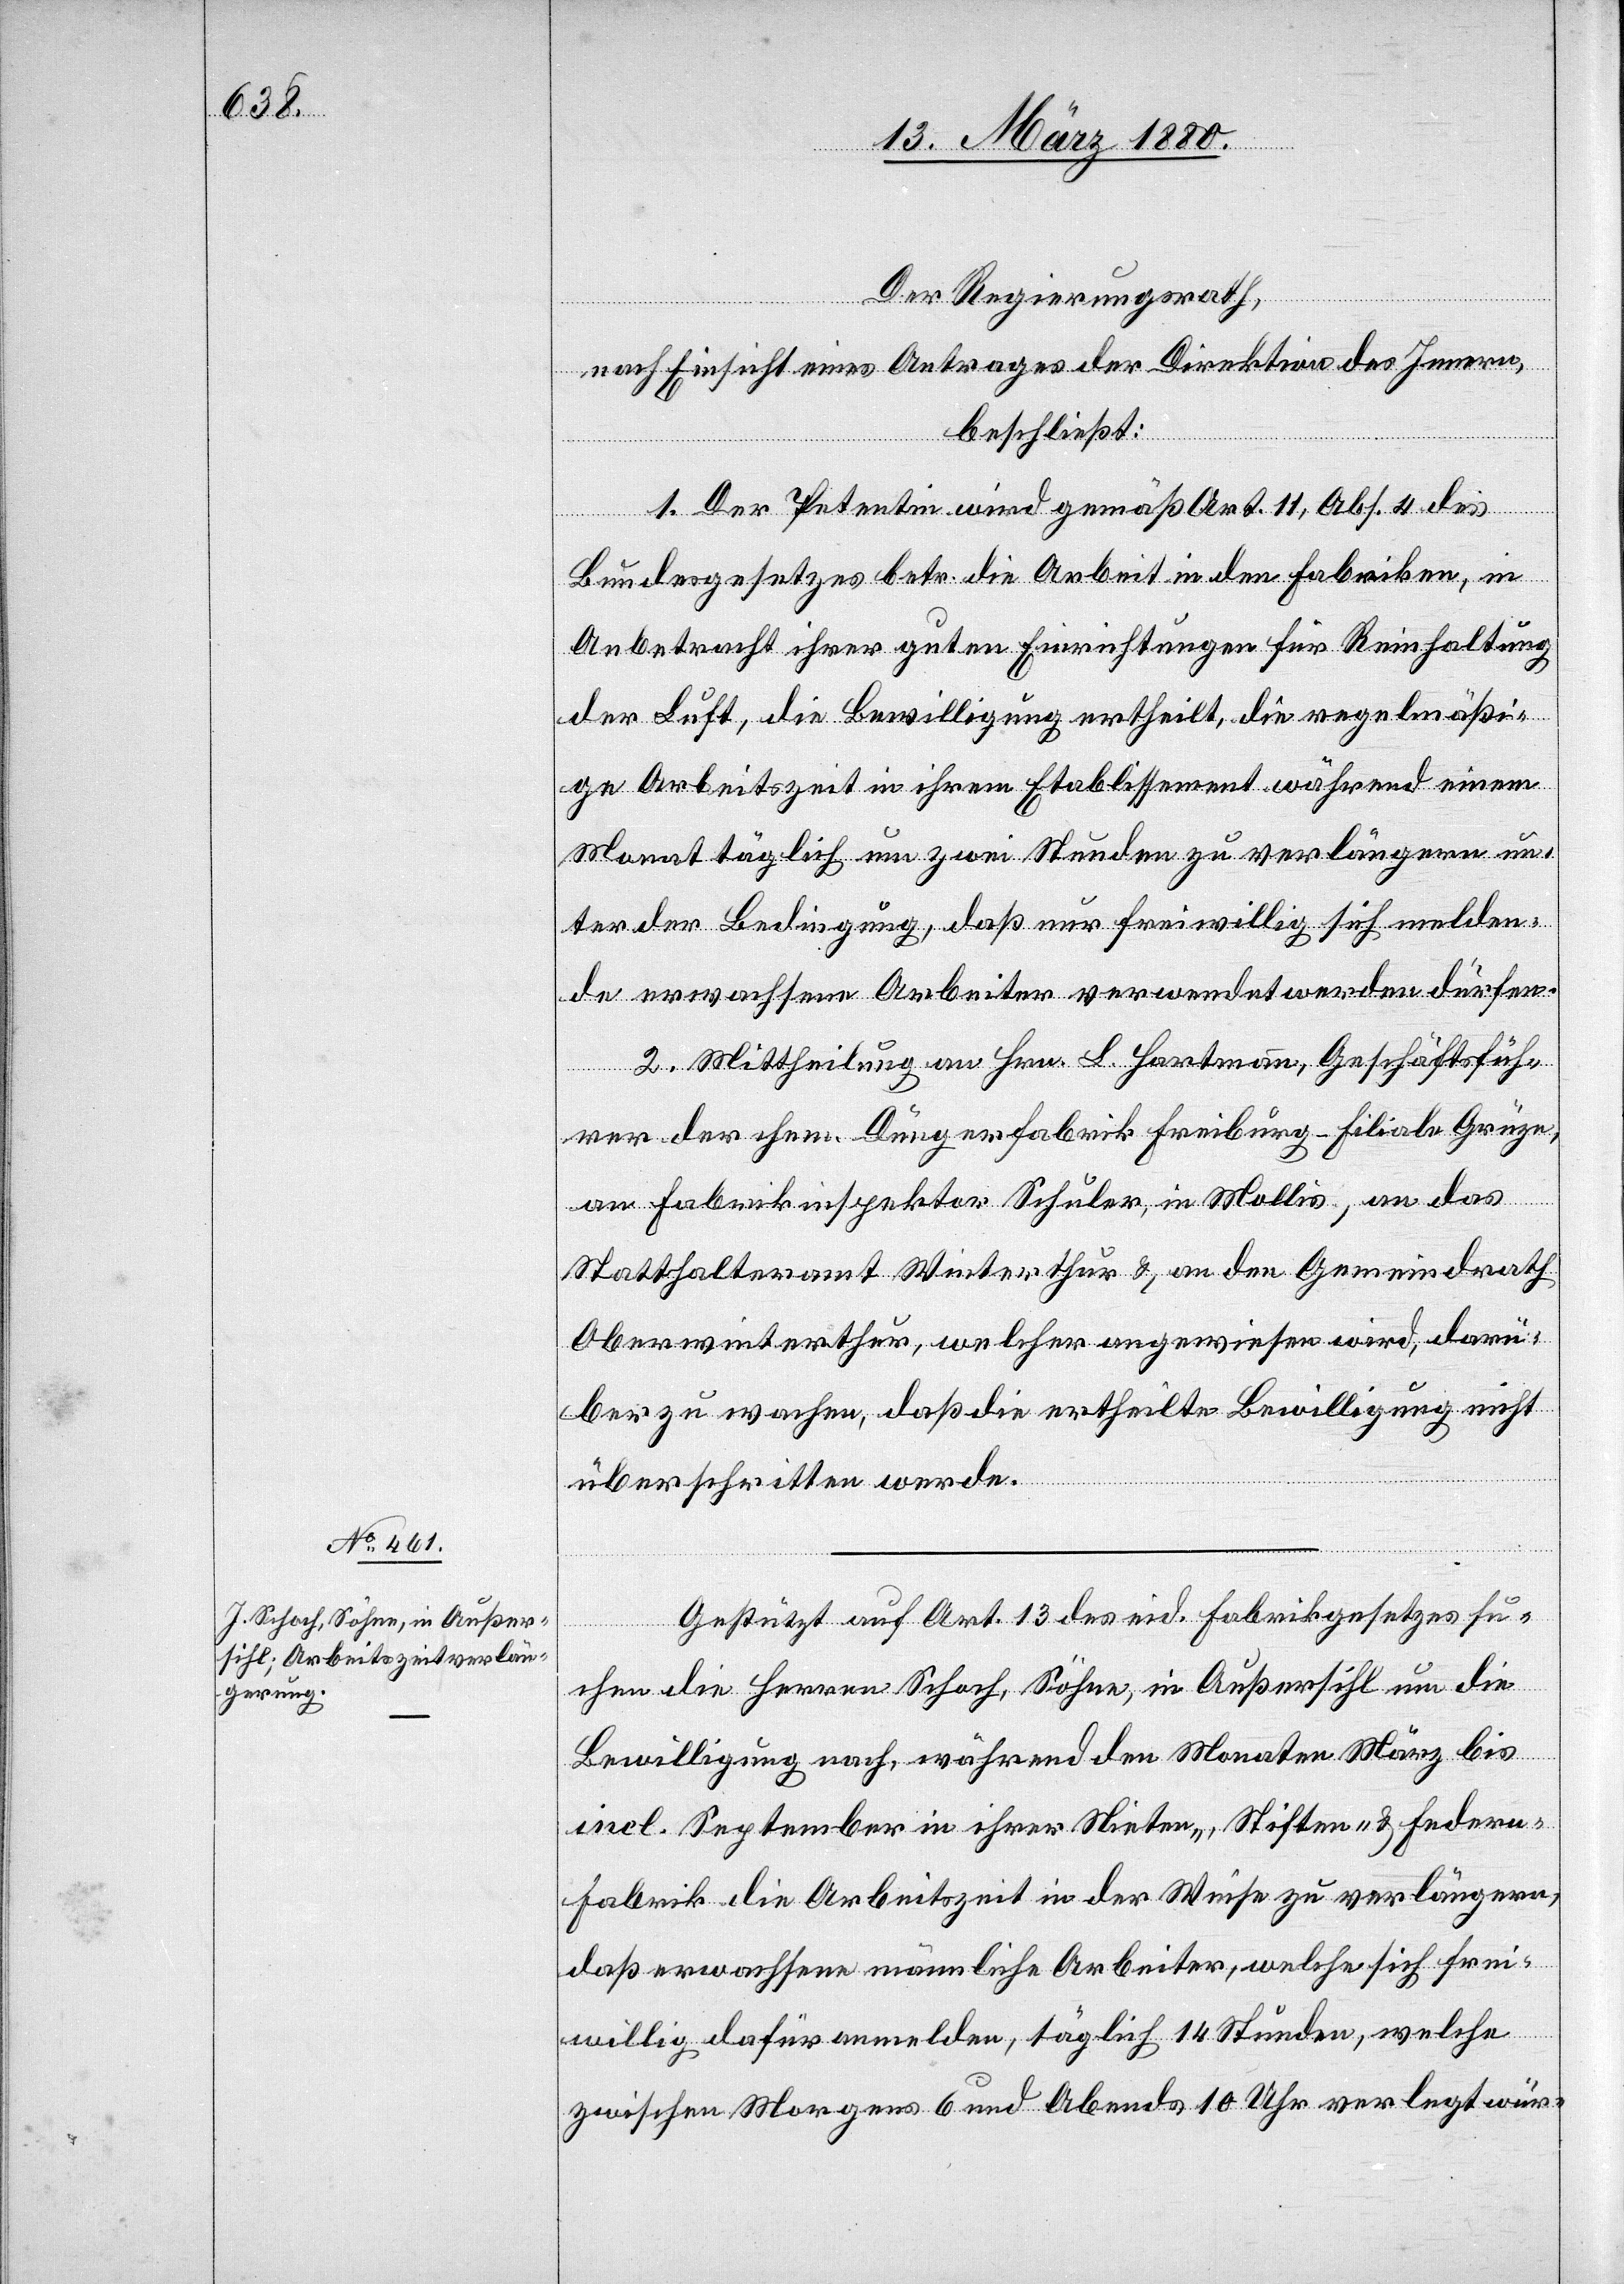
Der Regierungsrath,
nach Einsicht eines Antrages der Direktion des Innern,
beschließt:
1. Der Petentin wird gemäß Art. 11, Abs. 4 des
Bundesgesetzes betr. die Arbeit in den Fabriken, in
Anbetracht ihrer guten Einrichtungen für Reinhaltung
der Luft, die Bewilligung ertheilt, die regelmäßi¬
ge Arbeitszeit in ihrem Etablissement während einem
Monat täglich um zwei Stunden zu verlängern un¬
ter der Bedingung, daß nur freiwillig sich melden¬
de erwachsene Arbeiter verwendet werden dürfen.
2. Mittheilung an Hrn. L. Hartmann, Geschäftsfüh¬
rer der chem. Düngerfabrik Freiburg - Filiale Grüze,
an Fabrikinspektor Schuler, in Mollis, an das
Statthalteramt Winterthur & an den Gemeindrath
Oberwinterthur, welcher angewiesen wird, darü¬
ber zu wachen, daß die ertheilte Bewilligung nicht
überschritten werde.
Gestützt auf Art. 13 des eid. Fabrikgesetzes su¬
chen die Herren Schoch, Söhne, in Außersihl um die
Bewilligung nach, während den Monaten März bis
incl. September in ihrer Nieten-, Stiften- & Federn¬
fabrik die Arbeitszeit in der Weise zu verlängern,
daß erwachsene männliche Arbeiter, welche sich frei¬
willig dafür anmelden, täglich 14 Stunden, welche
zwischen Morgens 6 und Abends 10 Uhr verlegt wür-